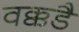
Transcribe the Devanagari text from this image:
वक्कडै